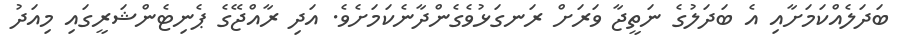
ބަދަލެއްކަމަށާއި އެ ބަދަލުގެ ނަތީޖާ ވަރަށް ރަނގަޅުވެގެންދާނެކަމަށެވެ. އަދި ރާއްޖޭގެ ޕެނިޓެންޝަރީގައި މިއަދު